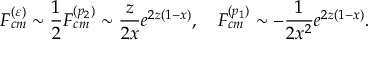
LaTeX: F _ { c m } ^ { ( \varepsilon ) } \sim \frac { 1 } { 2 } F _ { c m } ^ { ( p _ { 2 } ) } \sim \frac { z } { 2 x } e ^ { 2 z ( 1 - x ) } , \quad F _ { c m } ^ { ( p _ { 1 } ) } \sim - \frac { 1 } { 2 x ^ { 2 } } e ^ { 2 z ( 1 - x ) } .